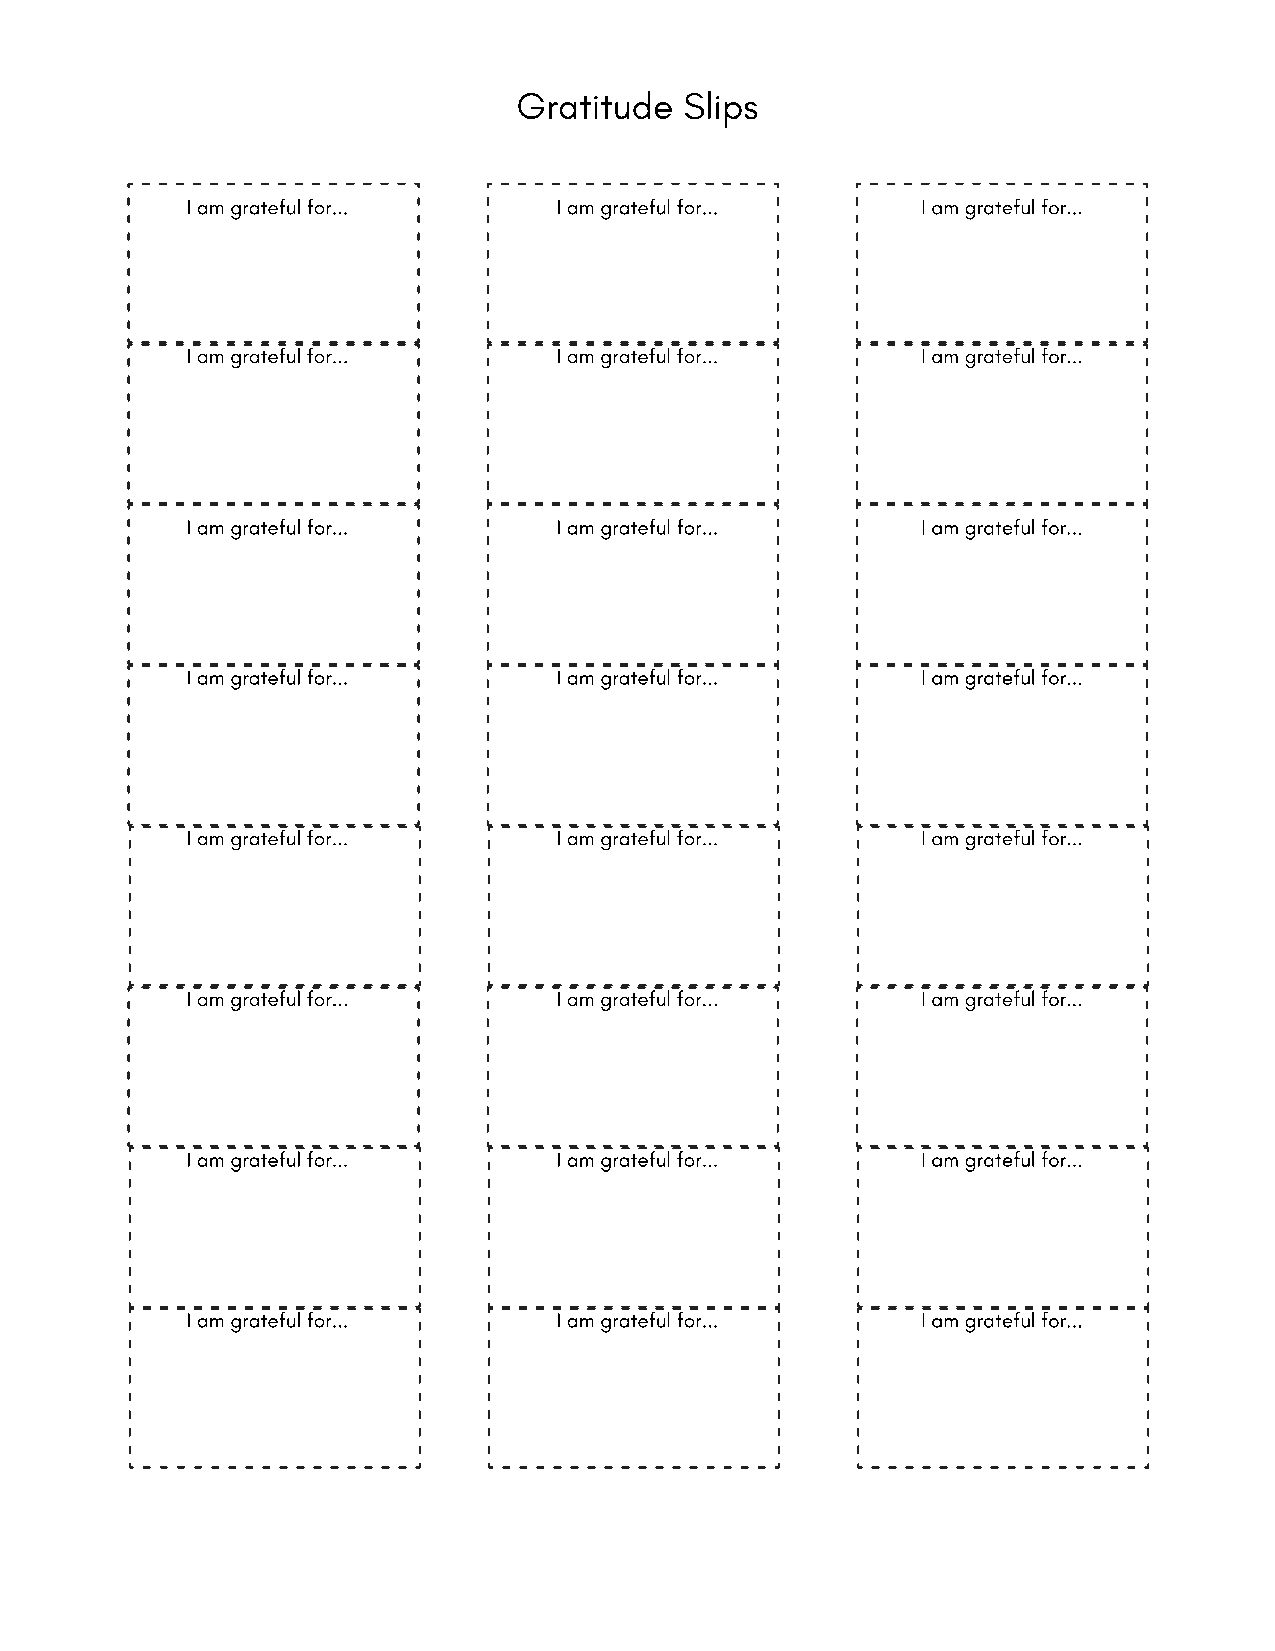
Gratitude  Slips
 I am grateful for...     I am grateful for...    I am grateful for...
 I am grateful for...     I am grateful for...    I am grateful for...
 I am grateful for...     I am grateful for...    I am grateful for...
 I am grateful for...     I am grateful for...    I am grateful for...
 I am grateful for...     I am grateful for...    I am grateful for...
 I am grateful for...     I am grateful for...    I am grateful for...
 I am grateful for...     I am grateful for...    I am grateful for...
 I am grateful for...     I am grateful for...    I am grateful for...